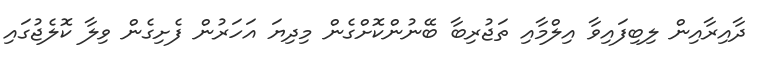
ދާއިރާއިން ލިބިފައިވާ އިލްމާއި ތަޖުރިބާ ބޭނުންކޮށްގެން މިދިޔަ އަހަރުން ފެށިގެން ވިލާ ކޮލެޖުގައި